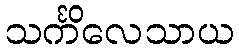
သင်္ကိလေသာယ